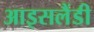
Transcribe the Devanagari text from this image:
आइसलैंडी